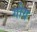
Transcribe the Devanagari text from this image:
गोय